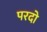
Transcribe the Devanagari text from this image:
परदो